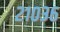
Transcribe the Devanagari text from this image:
२१०३६